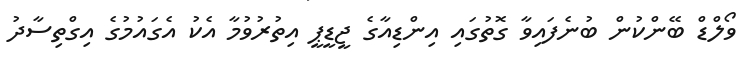
ވޯލްޑް ބޭންކުން ބުނެފައިވާ ގޮތުގައި އިންޑިއާގެ ޖީޑީޕީ އިތުރުވުމާ އެކު އެގައުމުގެ އިގްތިސާދު